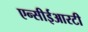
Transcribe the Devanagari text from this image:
एन्सीईआरटी